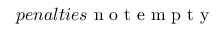
p e n a l t i e s \mathrm { ~ n ~ o ~ t ~ e ~ m ~ p ~ t ~ y ~ }